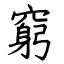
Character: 窮